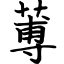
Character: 蒪